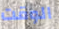
الوقت